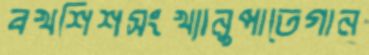
বখশিশসংখ্যানুপাতেগান